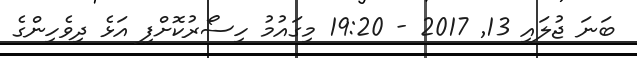
ބަނަ ޖުލައި 13